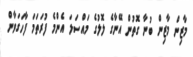
މާޒިން މާޒިން ބުނާ ގޮތުން އޭނާގެ ލޮލުގެ މައްސަލަ އެންމެ ފުރަތަމަ ފާހަގަވާން